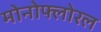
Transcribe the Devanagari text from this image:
मोनोफ्लोरल